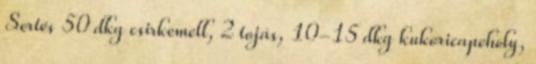
Sertés 50 dkg csirkemell, 2 tojás, 10-15 dkg kukoricapehely,